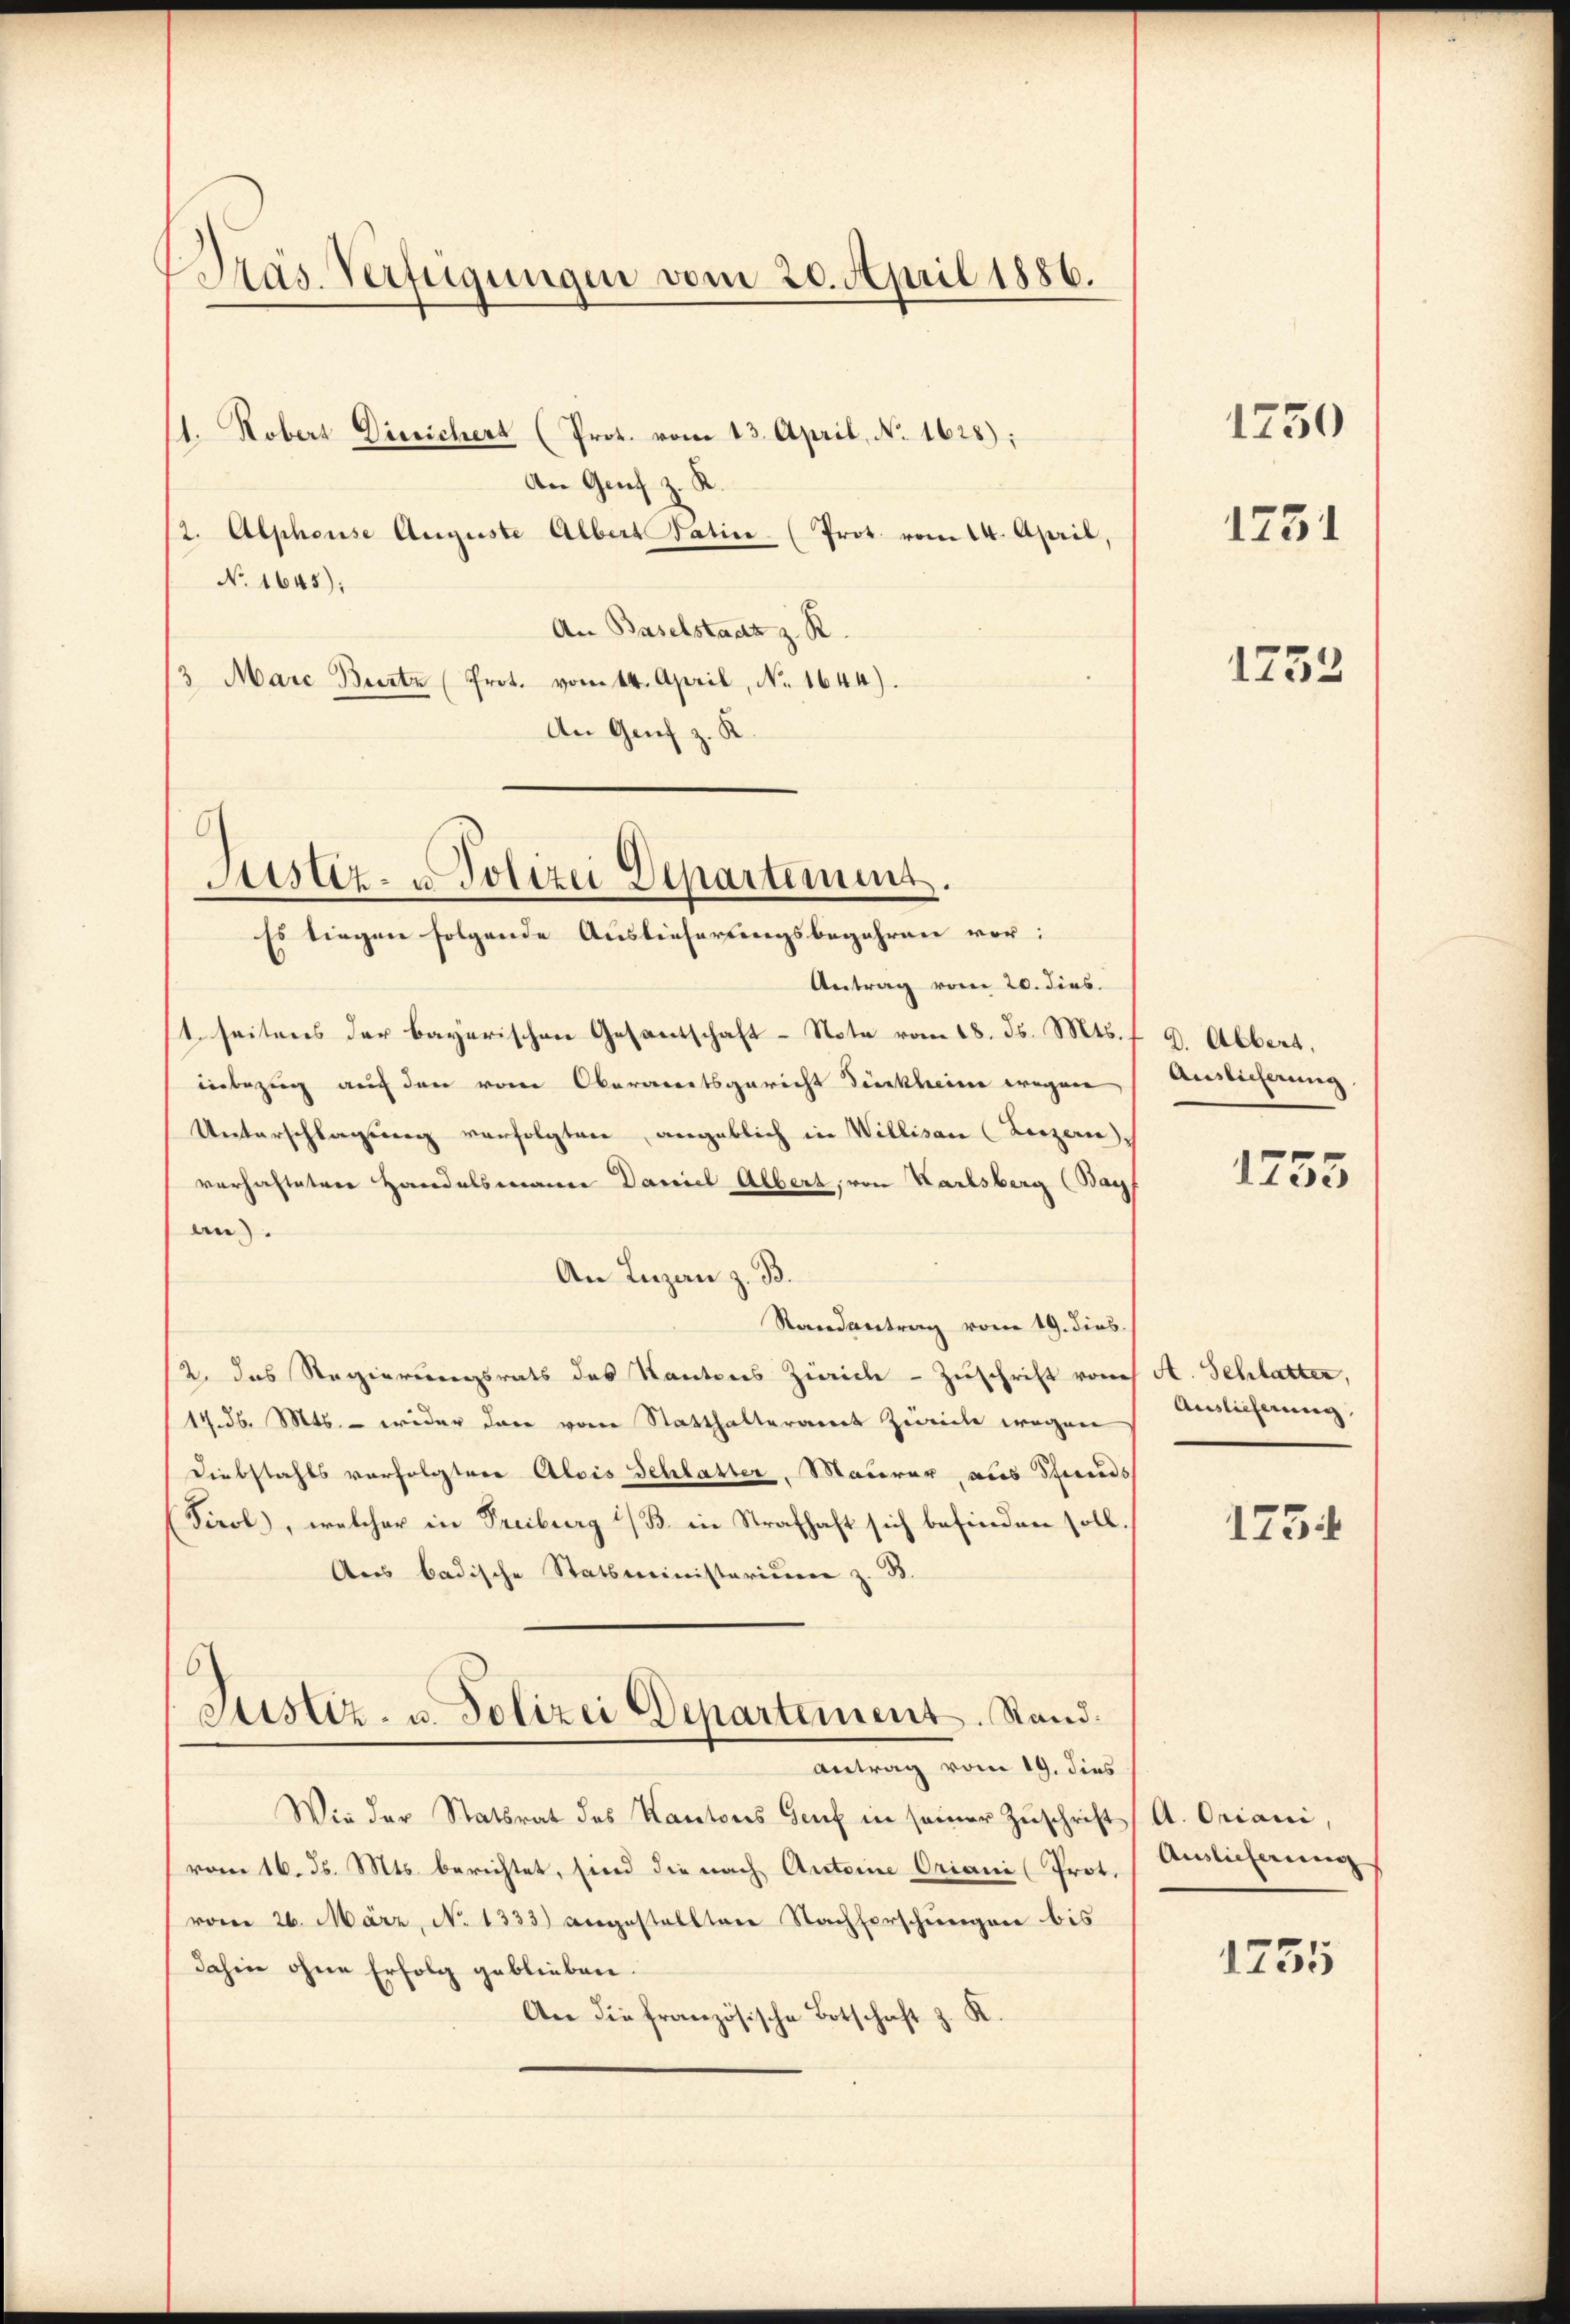
Wras. Verfügungen vom 20. April 1886.
1. Robers Dirsichert (Prot. vom 13. April, N. 1628);

An Genf z. R.
(2. Alphonse Auguste Albertatin (Prot. vom 14. April,
No. 1645);
An Baselstaatz z. R.
3 Marc Burtz (Prot. vom 14. April, N. 1644).
An Genf z. K.

Justiz- u. Polizei Departimung.

Es liegen folgende Auslieferungsbegehren vor:
Antrag vom 20. dies
1. seitens der bayerischen Gesantschaft - Note vom 18. ds. Mts.,
inbezug auch den vom Oberamtsgericht Dürkheim wegen
Unterschlagung verfolgten angeblich in Willisau (Luzern
verhafteten Handelsmann Daniel Albert, von Karlsberg (Bayf
an).
An Inzan z. B.
Randantrag vom 19. dies
2. das Regierungsrats des Kantons Zürich - Zuschrift von A. Schlatter,
14. d. Mts. – wider dar vom Statthalteramt Zweiche wegen
Diebstahls verfolgter Alois Schlatter, Mauerer, aus Pferds
(Tirol, welcher in Freiburg i/B. in Strafhaft sich befinden soll.
Aus badische Statsministerium z. B.
6
Justiz- u. Polizei Departement. Stand.
Antrag vom 19. dies
Wie der Statsrat des Kantons Genf in seiner Zuschrift
vom 16. ds. Mts. berichtet, sind die nach Antoine Oriani (Prot.
vom 26. März, No 1333) angestellten Nachforschungen bis
dahin ohne Erfolg geblieben.
An die französische Botschaft z. K.

1250

1731

1252

D. Albert,
Auslieferung

1733

Auslieferung

1734

A. Oriani,
Auslieferung

1755